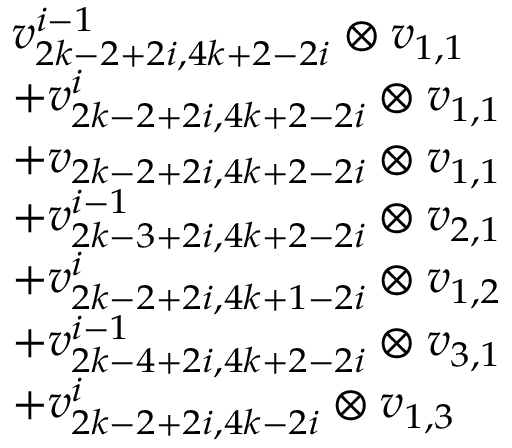
\begin{array} { r l } & { v _ { 2 k - 2 + 2 i , 4 k + 2 - 2 i } ^ { i - 1 } \otimes v _ { 1 , 1 } } \\ & { + v _ { 2 k - 2 + 2 i , 4 k + 2 - 2 i } ^ { i } \otimes v _ { 1 , 1 } } \\ & { + v _ { 2 k - 2 + 2 i , 4 k + 2 - 2 i } \otimes v _ { 1 , 1 } } \\ & { + v _ { 2 k - 3 + 2 i , 4 k + 2 - 2 i } ^ { i - 1 } \otimes v _ { 2 , 1 } } \\ & { + v _ { 2 k - 2 + 2 i , 4 k + 1 - 2 i } ^ { i } \otimes v _ { 1 , 2 } } \\ & { + v _ { 2 k - 4 + 2 i , 4 k + 2 - 2 i } ^ { i - 1 } \otimes v _ { 3 , 1 } } \\ & { + v _ { 2 k - 2 + 2 i , 4 k - 2 i } ^ { i } \otimes v _ { 1 , 3 } } \end{array}